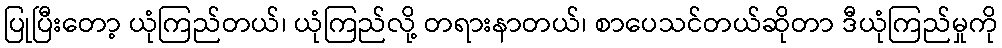
ပြုပြီးတော့ ယုံကြည်တယ်၊ ယုံကြည်လို့ တရားနာတယ်၊ စာပေသင်တယ်ဆိုတာ ဒီယုံကြည်မှုကို